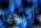
أكرهها